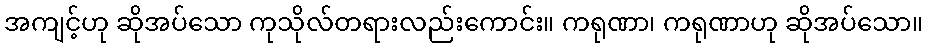
အကျင့်ဟု ဆိုအပ်သော ကုသိုလ်တရားလည်းကောင်း။ ကရုဏာ၊ ကရုဏာဟု ဆိုအပ်သော။